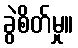
ခွဲစိတ်မှု။